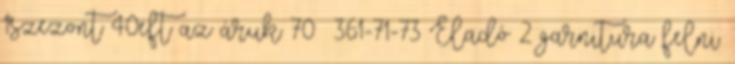
1szezont 40eft az áruk 70 361-71-73 Eladó 2 garnitura felni.